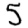
Digit: 5